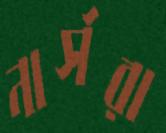
নার্সরা